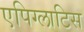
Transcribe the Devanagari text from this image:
एपिग्लाटिस